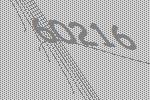
60216